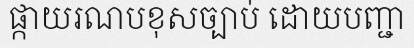
ផ្កាយរណបខុសច្បាប់ ដោយបញ្ជា